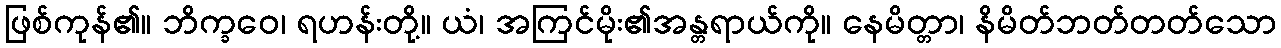
ဖြစ်ကုန်၏။ ဘိက္ခဝေ၊ ရဟန်းတို့။ ယံ၊ အကြင်မိုး၏အန္တရာယ်ကို။ နေမိတ္တာ၊ နိမိတ်ဘတ်တတ်သော